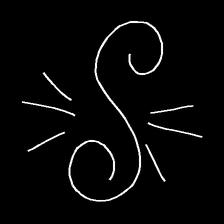
Glyph: wind-directs-air